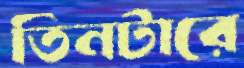
তিনটারে